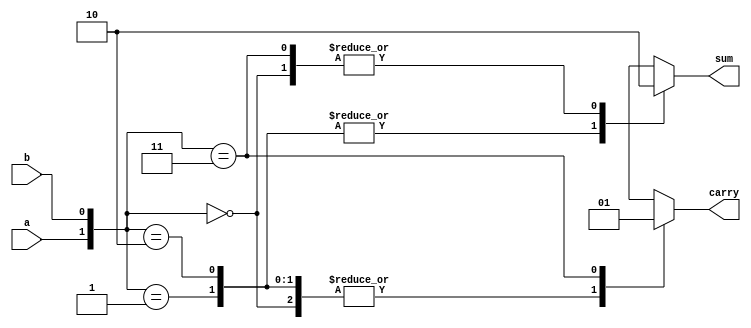
module halfadder3 (sum, carry, a, b);
  input a, b;
  output sum, carry;
  reg sum, carry;
  always @ (a or b)
  begin
    case({a,b})
      2'b00 : begin sum = 0; carry = 0; end
      2'b01 : begin sum = 1; carry = 0; end  
      2'b10 : begin sum = 1; carry = 0; end
      2'b11 : begin sum = 0; carry = 1; end
    endcase
  end
endmodule